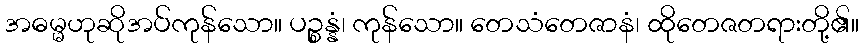
အဓမ္မဟုဆိုအပ်ကုန်သော။ ပဉ္စန္နံ၊ ကုန်သော။ တေသံတေဇာနံ၊ ထိုတေဇတရားတို့၏။